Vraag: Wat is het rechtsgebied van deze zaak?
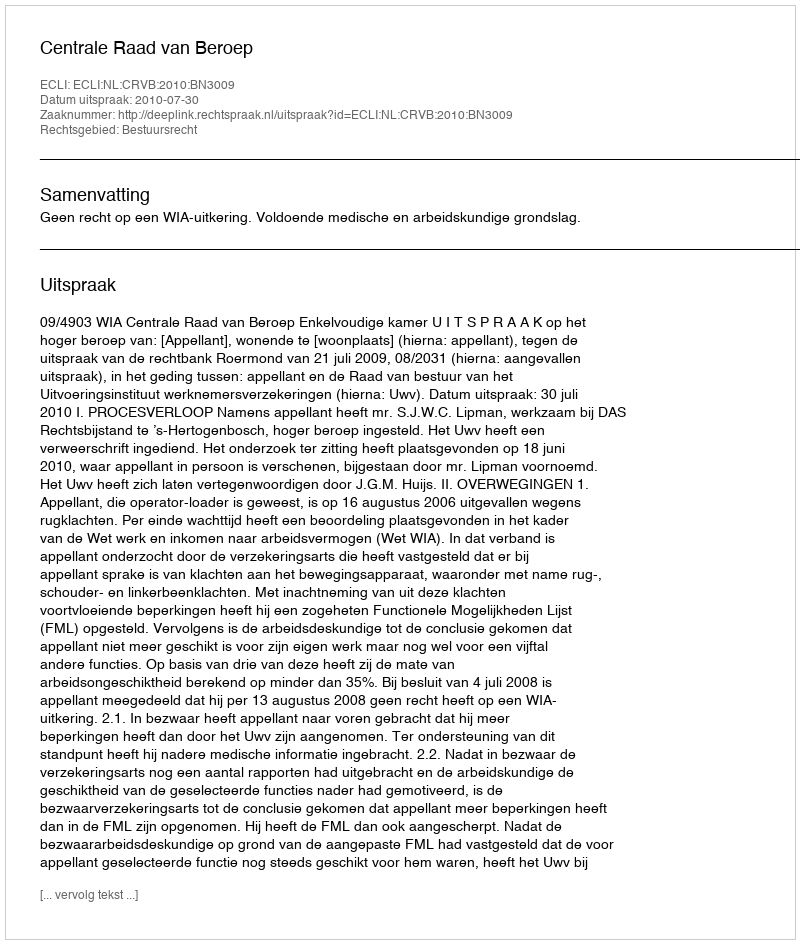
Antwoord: Bestuursrecht